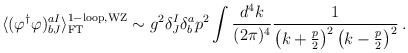
\begin{align*}\langle (\varphi^{\dagger}\varphi)^{aI}_{bJ} \rangle^{{\rm 1-loop,WZ}}_{{\rm FT}} \sim g^{2} \delta^{I}_{J}\delta^{a}_{b} p^{2} \int \frac{d^{4}k}{(2\pi)^{4}} \frac{1}{\left(k+\frac{p}{2}\right)^{2}\left(k-\frac{p}{2}\right)^{2}} \, .\end{align*}